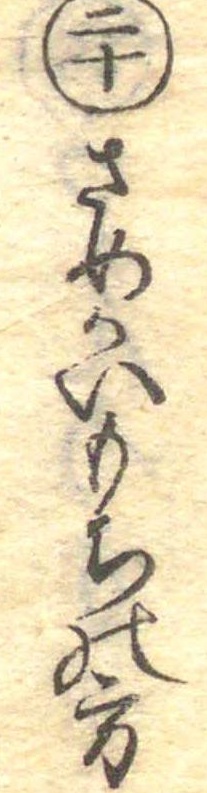
二十さめかいもちの方